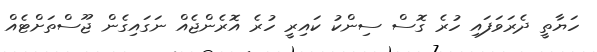
ހަޔާތީ ދެރަވަފައި ހުރެ ގޮސް ސިންކު ކައިރީ ހުރެ އޮރެންޖެއް ނަގައިގެން ޖޫސްތަށްޓެއް